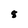
Character: 8